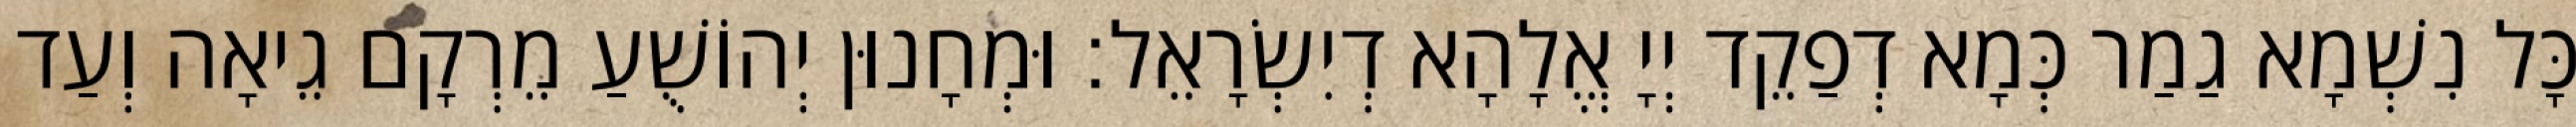
כָּל נִשְׁמָא גַמַר כְּמָא דְפַקֵד יְיָ אֱלָהָא דְיִשְׂרָאֵל׃ וּמְחָנוּן יְהוֹשֻׁעַ מֵרְקָם גֵיאָה וְעַד